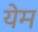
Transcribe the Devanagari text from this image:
येम